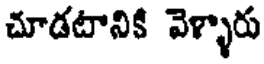
చూడటానికి వెళ్ళారు